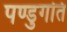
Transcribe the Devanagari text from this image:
पण्डुगति